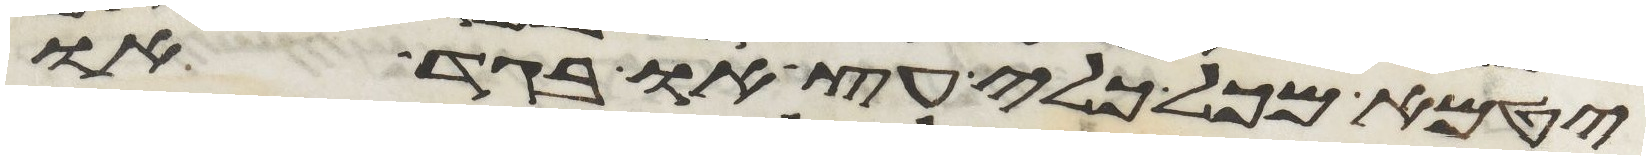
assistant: יטמא מכל כלי עץ או בגד או